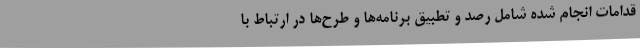
قدامات انجام شده شامل رصد و تطبیق برنامه‌ها و طرح‌ها در ارتباط با